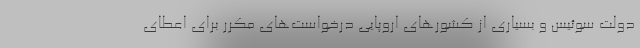
دولت سوئیس و بسیاری از کشورهای اروپایی درخواست‌های مکرر برای اعطای